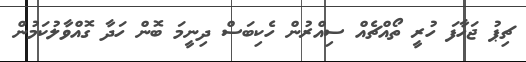
ޗިޕު ޖަހާފަ ހުރީ ތޯއްޗެއް ސިއްރުން ހެކިބަސް ދިނީމަ ބޮން ހަދާ ގޮއްވާލުކަމުން